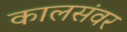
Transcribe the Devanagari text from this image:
कालसंवर